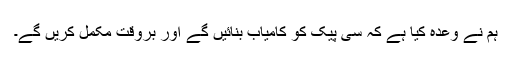
ہم نے وعدہ کیا ہے کہ سی پیک کو کامیاب بنائیں گے اور بروقت مکمل کریں گے۔